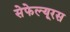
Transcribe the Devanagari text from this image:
सेफेल्यूरस